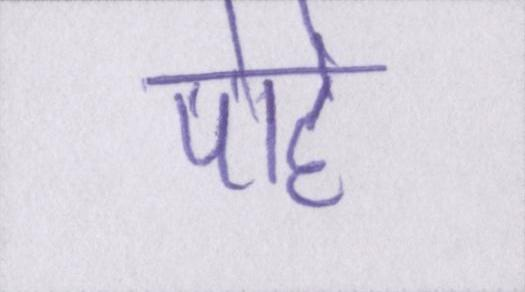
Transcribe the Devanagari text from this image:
पोहे